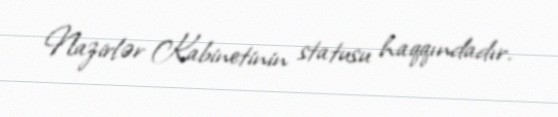
Nazirlər Kabinetinin statusu haqqındadır.